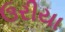
ઉરીયા